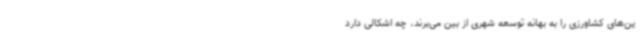
ین‌های کشاورزی را به بهانه توسعه شهری از بین می‌برند، چه اشکالی دارد